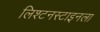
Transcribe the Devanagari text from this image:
लिश्टनस्टाइनला